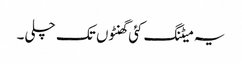
یہ میٹنگ کئی گھنٹوں تک چلی۔